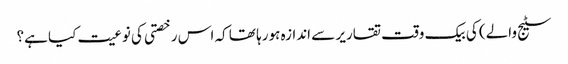
سٹیج والے) کی بیک وقت تقاریر سے اندازہ ہورہا تھا کہ اس رخصتی کی نوعیت کیا ہے؟